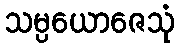
သမ္ပယောဇေသုံ